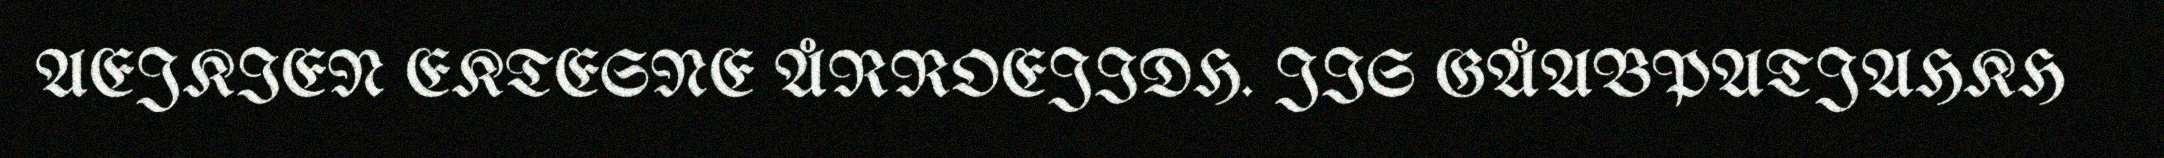
AEJKIEN EKTESNE ÅRROEJIDH. JIS GÅABPATJAHKH